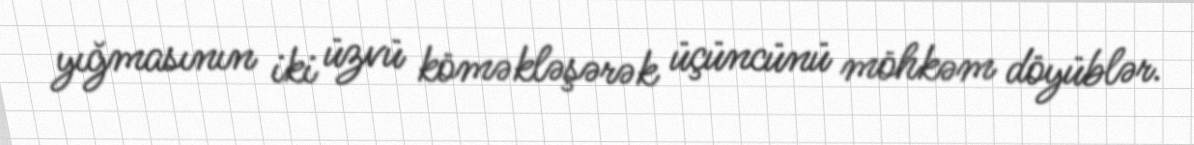
yığmasının iki üzvü köməkləşərək üçüncünü möhkəm döyüblər.